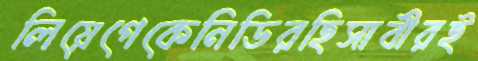
লিয়েগেকেনিডিরহিসাবীরই